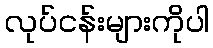
လုပ်ငန်းများကိုပါ